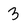
Character: 3